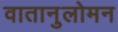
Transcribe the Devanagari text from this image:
वातानुलोमन